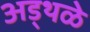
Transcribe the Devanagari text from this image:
अड्थळे